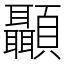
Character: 顳